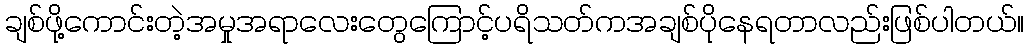
ချစ်ဖို့ကောင်းတဲ့အမှုအရာလေးတွေကြောင့်ပရိသတ်ကအချစ်ပိုနေရတာလည်းဖြစ်ပါတယ်။